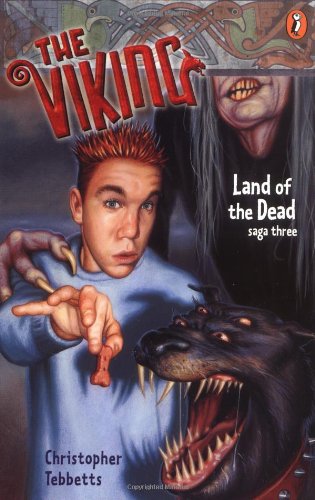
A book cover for Land of the Dead (The Viking Saga, Book 3); Christopher Tebbetts; Children's Books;